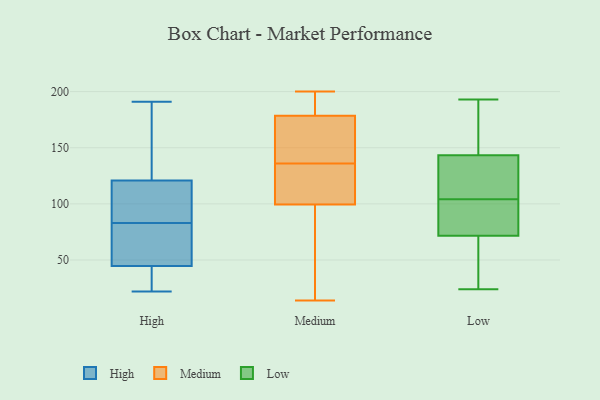
{"axis": {"x": "Conversion Rate (%)", "y": "Value"}, "legend": ["High", "Low", "Medium"], "data": [{"x": "", "y": 84, "type": "High"}, {"x": "", "y": 52, "type": "High"}, {"x": "", "y": 83, "type": "High"}, {"x": "", "y": 153, "type": "High"}, {"x": "", "y": 41, "type": "High"}, {"x": "", "y": 22, "type": "High"}, {"x": "", "y": 175, "type": "High"}, {"x": "", "y": 46, "type": "High"}, {"x": "", "y": 40, "type": "High"}, {"x": "", "y": 79, "type": "High"}, {"x": "", "y": 110, "type": "High"}, {"x": "", "y": 110, "type": "High"}, {"x": "", "y": 191, "type": "High"}, {"x": "", "y": 181, "type": "Medium"}, {"x": "", "y": 156, "type": "Medium"}, {"x": "", "y": 106, "type": "Medium"}, {"x": "", "y": 112, "type": "Medium"}, {"x": "", "y": 134, "type": "Medium"}, {"x": "", "y": 184, "type": "Medium"}, {"x": "", "y": 138, "type": "Medium"}, {"x": "", "y": 163, "type": "Medium"}, {"x": "", "y": 200, "type": "Medium"}, {"x": "", "y": 79, "type": "Medium"}, {"x": "", "y": 176, "type": "Medium"}, {"x": "", "y": 128, "type": "Medium"}, {"x": "", "y": 14, "type": "Medium"}, {"x": "", "y": 169, "type": "Medium"}, {"x": "", "y": 189, "type": "Medium"}, {"x": "", "y": 93, "type": "Medium"}, {"x": "", "y": 50, "type": "Medium"}, {"x": "", "y": 114, "type": "Medium"}, {"x": "", "y": 196, "type": "Medium"}, {"x": "", "y": 61, "type": "Medium"}, {"x": "", "y": 104, "type": "Low"}, {"x": "", "y": 97, "type": "Low"}, {"x": "", "y": 82, "type": "Low"}, {"x": "", "y": 128, "type": "Low"}, {"x": "", "y": 144, "type": "Low"}, {"x": "", "y": 25, "type": "Low"}, {"x": "", "y": 68, "type": "Low"}, {"x": "", "y": 141, "type": "Low"}, {"x": "", "y": 183, "type": "Low"}, {"x": "", "y": 55, "type": "Low"}, {"x": "", "y": 84, "type": "Low"}, {"x": "", "y": 193, "type": "Low"}, {"x": "", "y": 183, "type": "Low"}, {"x": "", "y": 121, "type": "Low"}, {"x": "", "y": 24, "type": "Low"}]}